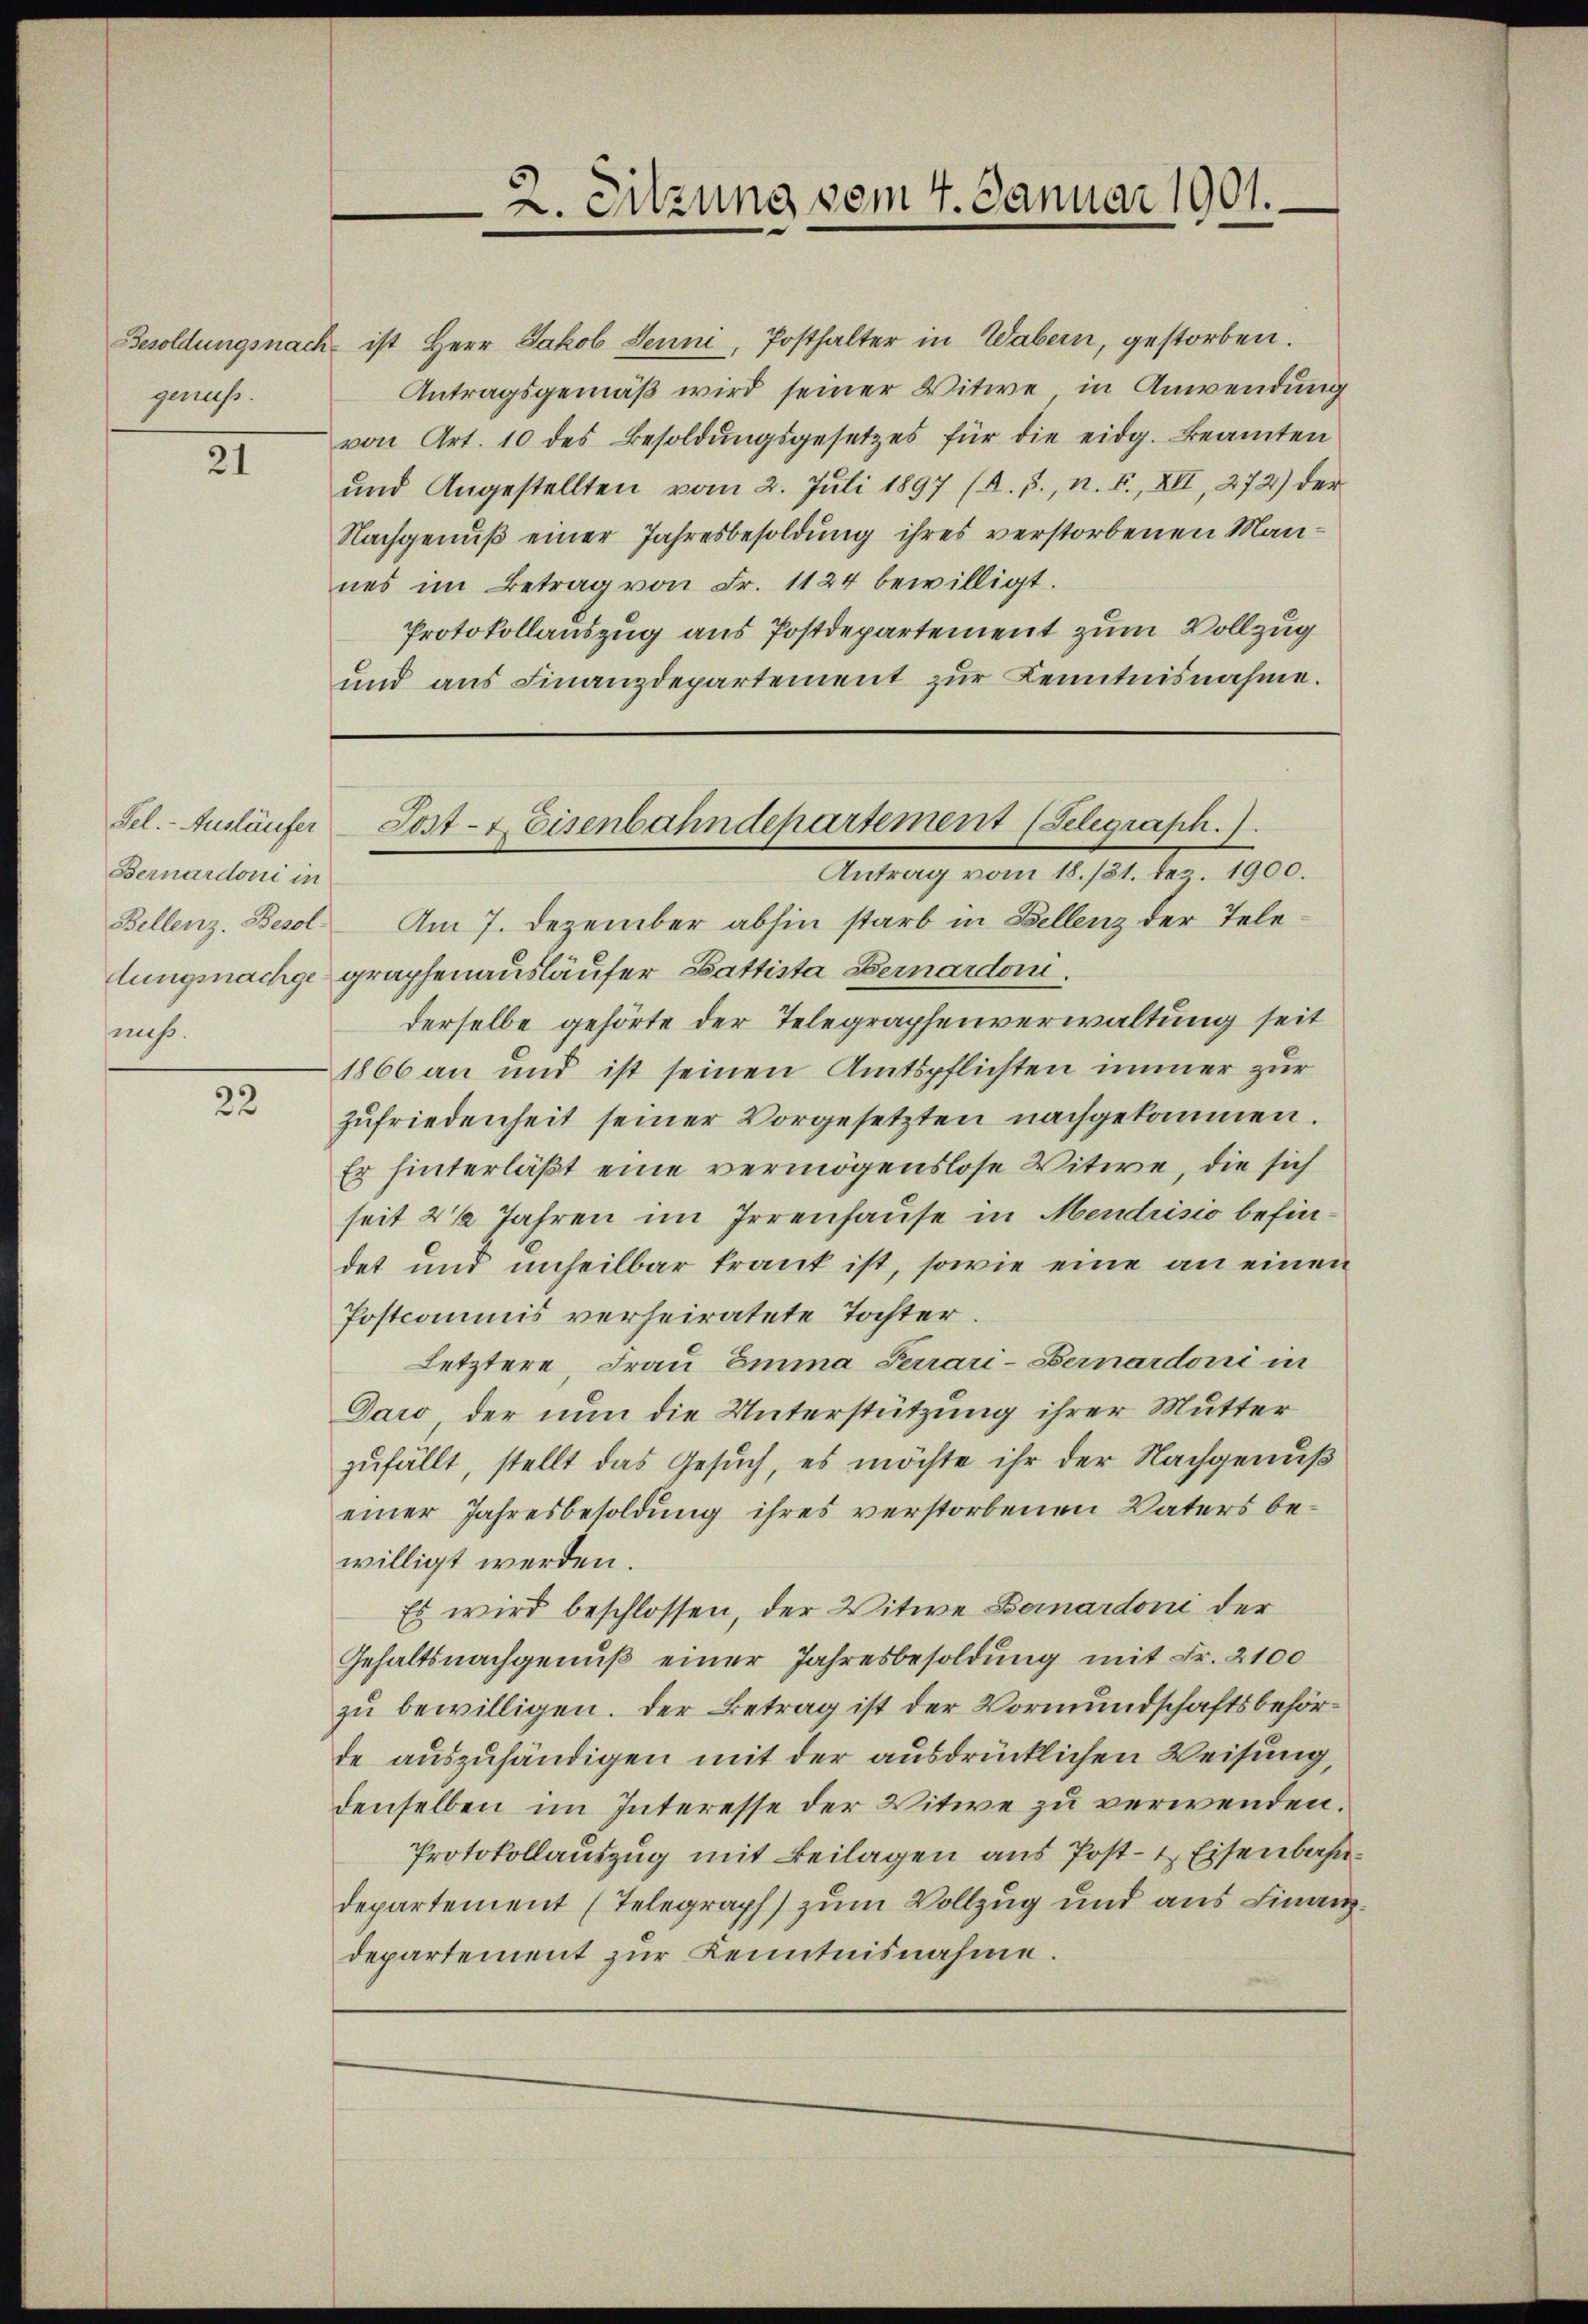
genuss.

2

Bernardoni in
muß.

22

Besoldungsnach ist Herr Jakob Jenni, Posthalter in Wabern, gestorben.
Antragsgemäß wird seiner Witwe, in Anwendung
von Art. 10 des Besoldŭngsgesetzes für die eidg. Beamten
und Angestellten vom 2. Juli 1897 (A. p., n. F., XII, 272) der
Nachgenuß einer Jahresbesoldung ihres verstorbenen Mannes im Betrag von Fr. 1124 bewilligt.
Protokollauszug aus Postdepartement zum Vollzug
und ans Finanzdepartement zŭr Kenntnisnahme.

2. Sitzung vom 4. Januar 1901.

Antrag vom 18. 131. Fer. 1900.
Bellenz, Besol. Am 7. Dezember abhin starb in Zellenz der Teledungsnachgegraphenausläufer Gattista Bernardoni.
derselbe gehörte der Telegraphenverwaltung seit
1866 an und ist seinen Amtspflichten immer zur
zŭfriedenheit seiner Vorgesetzten nachgekommen.
Er hinterläßt eine vermögenslose Witwe, die sich
seit 2 1/2 Jahren im Irrenhause in Mendrisio befindet und unheilbar trank ist, sowie eine an einen
Postcommis verheiratete Tochter.
Letztere Frau Emma Ferrari-Bernardoni in
Daro der nun die Unterstützung ihrer Mutter
zufällt, stellt das Gesuch, es möchte ihr der Nachgenuß
einer Jahresbesoldung ihres verstorbenen Vaters bewilligt werden.
Es wird beschlossen, der Witwe Bernardoni der
Gehaltsnachgenuß einer Jahresbesoldung mit Fr. 2100
zu bewilligen. Der Betrag ist der Vormundschaftsbehörde auszuhändigen mit der ausdrücklichen Weisung,
denselben im Interesse der Witwe zu verwenden.
Protokollauszug mit Beilagen aus Post- & Eisenbahndepartement (Telegraph) zum Vollzug und aus Finanzdepartement zur Kenntnisnahme.

Fel.- Ausläufer Post- & Eisenbahndepartement (Selegraph.).